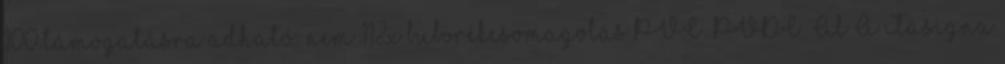
100 támogatásra adható: nem 112x buborékcsomagolás PVC PVDC Al A Tasigna